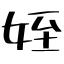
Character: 姪